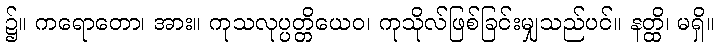
၌။ ကရောတော၊ အား။ ကုသလုပ္ပတ္တိယေဝ၊ ကုသိုလ်ဖြစ်ခြင်းမျှသည်ပင်။ နတ္ထိ၊ မရှိ။